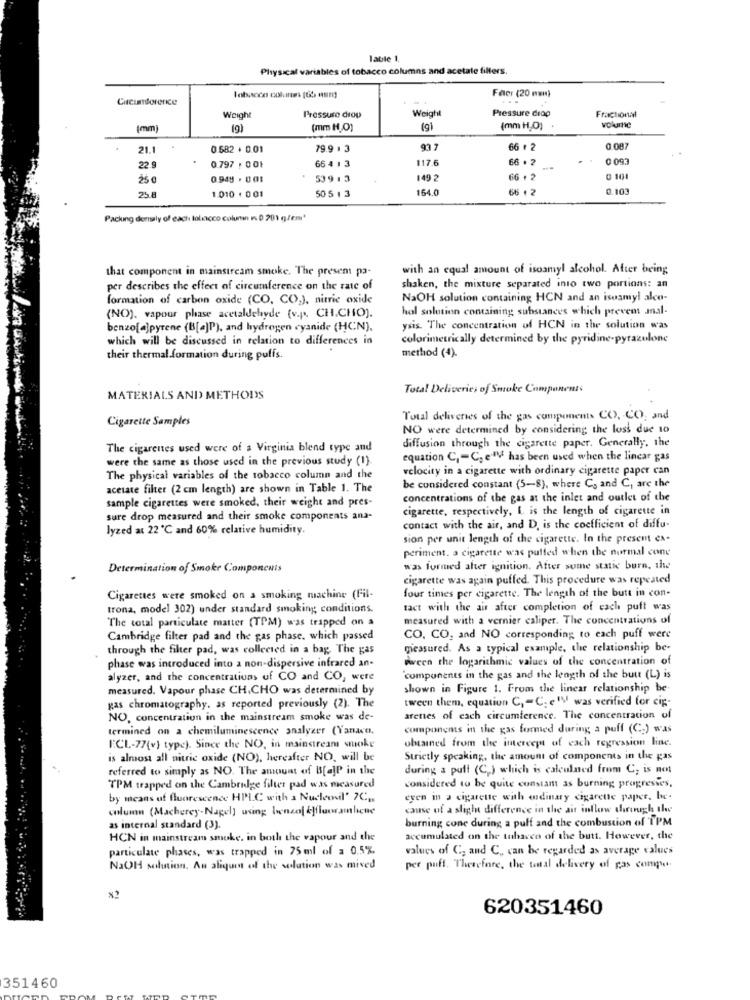
Table 1
Physical variables of tobacco columns and acetale fillers.
Faer (20 man)
Curcumtorenice
...
Weight
Pressure drop
Weight
Pressure drop
Fractional
[mm]
(mm ( 0)
(mm H,O)
volume
21.1
0.582 + 0.01
79.9 . 3
93 7
66 ₺ 2
0.087
66 4 13
117.6
66 . 2
22.
0.797 , 001
25 €
0.949 . 0 01
539 13
149 2
66 . 2
0 101
1.010 + 0 01
50 5 13
164.0
66 + 2
0.103
25.8
Packung dernaly of each lolocco column 1 0 201 glem*
that component in mainstream smoke. The present pa-
with an equal amount of isoamyl alcohol. After being
per describes the effect of circumference on the rate of
shaken, the mixture separated into two portions: an
formation of carbon oxide (CO. CO,), nitric oxide
NaOH solution containing HCN and an isoamyl alco-
hol solution containing substances which prevem anal-
(NO). vapour phase acetaldehyde (v.p. CH.CHO).
benzofajpyrene (B[a]P), and hydrogen cyanide (HCN).
ysis. The concentration of HCN in the solution was
which will be discussed in relation to differences in
colorimetrically determined by the pyridine-pyrazulone
method (4).
their thermal formation during puffs.
Total Deliveries of Smoke Components
MATERIALS AND METHODS
Cigarette Samples
Total deliveries of the gas components CO. CO, and
NO were determined by considering the loss due 10
The cigarenes used were of a Virginia blend type and
diffusion through the cigarette paper. Generally, the
were the same as those used in the previous study (1).
equation C, - C; el has been used when the lincar gas
velocity in a cigarette with ordinary cigarette paper can
The physical variables of the tobacco column and the
acetate filter (2 cm length) are shown in Table 1. The
be considered constant (5-8), where Cs and C, are the
sample cigarettes were smoked, their weight and pres-
concentrations of the gas at the inlet and outlet of the
cigarette, respectively, L. is the length of cigarette in
sure drop measured and their smoke components ana-
lyzed at 22 ℃ and 60% relative humidity.
contact with the air, and D. is the coefficient of diffu-
sion per unit length of the cigarette. In the present ex-
periment. a cigarette was puffed when the normal cone
Determination of Smoker Componcuis
was formed alter ignition. After some static burn, the
cigarette was again puffed. This procedure was repeated
four times per cigarette. The length of the butt in con-
Cigarettes were smoked on a smoking machine (Fil-
trona, model 302) under standard smoking conditions.
tact with the air after completion of cach puft was
The total particulate matter (TPM) was trapped on a
measured with a vernier caliper. The concentrations of
Cambridge filter pad and the gas phase, which passed
CO, CO, and NO corresponding to each puff were
through the filter pad, was collected in a bag. The gas
measured. As a typical example, the relationship be-
oween the logarithmic values of the concentration of
phase was introduced into a non-dispersive infrared an-
alyzer, and the concentrations of CO and CO, were
'components in the gas and the length of the butt (L) is
measured. Vapour phase CH,CHO was determined by
shown in Figure 1. From the linear relationship be
tween them, equation C, - C. e" was verified for cip-
gas chromatography. as reported previously (2). The
NO, concentration in the mainstream smoke was de-
arentes of each circumference. The concentration of
termined on a chemiluminescence analyzer (Vanaco.
components in the gas formed during a puff (C ) was
F.CL-77(v) type). Since the NO, in mainstream smoke
obtained from the intercept of each regression line.
is almost all nitric oxide (NO), hereafter NO, will be
Strictly speaking, the amount of components in the gas
referred to simply as NO. The amount of B[a]P in the
during a pull (C.) which is calculated from C; is not
TPM trapped on the Cambridge filter pad was measured
considered to be quite constant as burning progresses,
by means of fluorescence HPLC with a Nucleosil' 7C ..
even in a cigarette with adinary cigarette paper, be.
lumn (Macherey-Nagel] wsing benzoj &Jfluoramliche
cause of a slight difference in the air inflow through the
burning cone during a puff and the combustion of TPM
as internal standard (3).
HCN in mainstream smoke. in both the vapour and the
accumulated on the tobacco of the butt. However, the
particulate phases, was trapped in 75 ml of = 0.5%
values of C; and C, can be regarded as average values
NaOH solution. An aliquot of the solution was mived
per puff. Therefore, the total delivery of gas compe
×2
620351460
351460